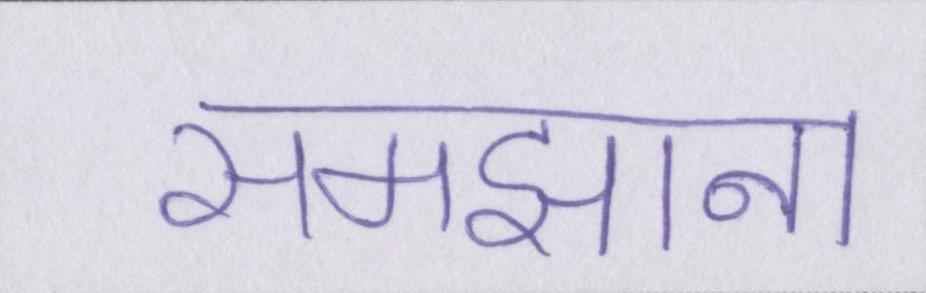
समझाना